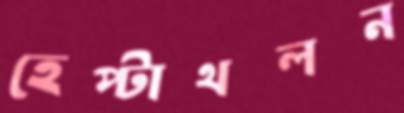
হেপ্টাথলন